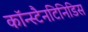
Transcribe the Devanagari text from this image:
कॉन्स्टैनटिनिडिस